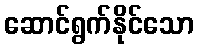
ဆောင်ရွက်နိုင်သော